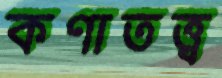
কণাতত্ত্ব